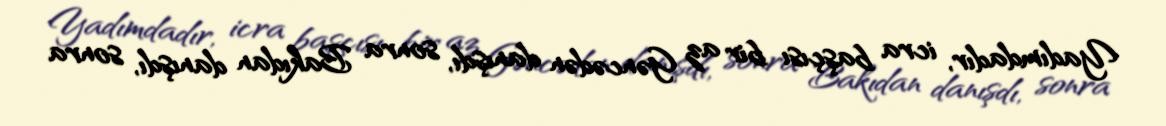
Yadımdadır, icra başçısı bir az Gəncədən danışdı, sonra Bakıdan danışdı, sonra